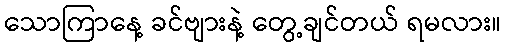
သောကြာနေ့ ခင်ဗျားနဲ့ တွေ့ချင်တယ် ရမလား။